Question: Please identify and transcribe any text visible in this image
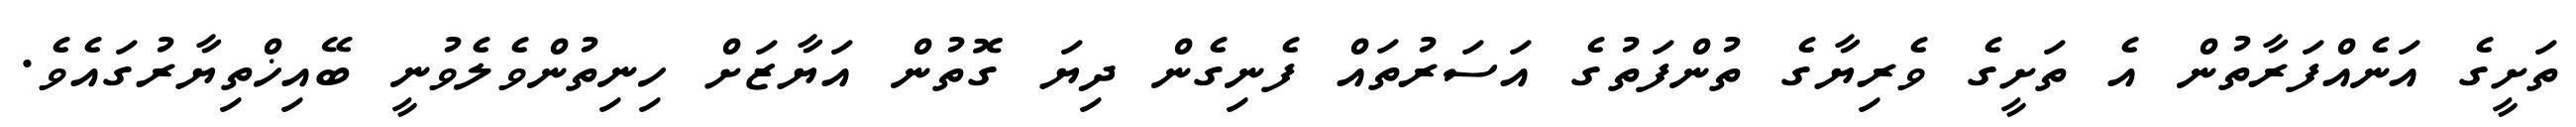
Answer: ތަށީގެ އަނެއްފަރާތުން އެ ތަށީގެ ވެރިޔާގެ ތުންފަތުގެ އަސަރުތައް ފެނިގެން ދިޔަ ގޮތުން އަޔާޒަށް ހިނިތުންވެލެވުނީ ބޭއިޚްތިޔާރުގައެވެ.